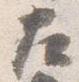
左